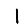
Digit: 1